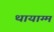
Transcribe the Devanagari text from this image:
थायाग्म